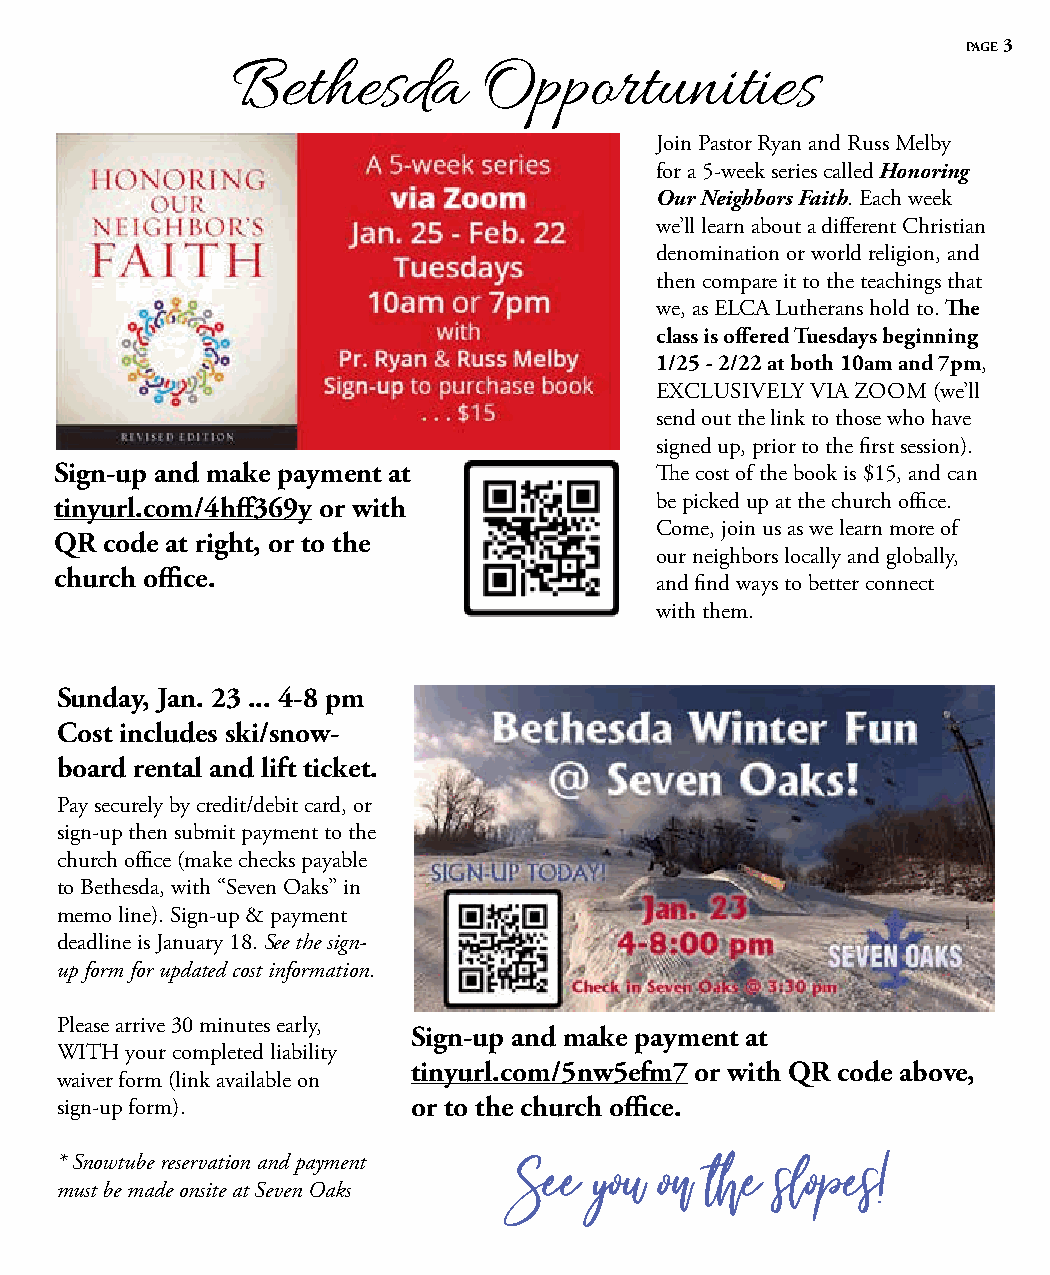
page 3
 Bethesda         Opportunities
 Join Pastor Ryan and Russ Melby
 for a 5-week series called Honoring
 Our Neighbors Faith. Each week
 we’ll learn about a different Christian
 denomination or world religion, and
 then compare it to the teachings that
 we, as ELCA Lutherans hold to. The
 class is offered Tuesdays beginning
 1/25 - 2/22 at both 10am and 7pm,
 EXCLUSIVELY VIA ZOOM (we’ll
 send out the link to those who have
 signed up, prior to the first session).
 Sign-up and make payment at            The cost of the book is $15, and can
 tinyurl.com/4hff369y or with           be picked up at the church office.
 Come, join us as we learn more of
 QR code at right, or to the
 our neighbors locally and globally,
 church office.
 and find ways to better connect
 with them.
 Sunday, Jan. 23 ... 4-8 pm
 Cost includes ski/snow-
 board rental and lift ticket.
 Pay securely by credit/debit card, or
 sign-up then submit payment to the
 church office (make checks payable
 to Bethesda, with “Seven Oaks” in
 memo line). Sign-up & payment
 deadline is January 18. See the sign-
 up form for updated cost information.
 Please arrive 30 minutes early,
 Sign-up and make payment at
 WITH your completed liability
 tinyurl.com/5nw5efm7 or with QR code above,
 waiver form (link available on
 sign-up form).         or to the church office.
 * Snowtube reservation and payment See you on the slopes!
 must be made onsite at Seven Oaks